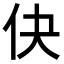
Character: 𬽭